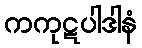
ကကုဋပါဒါနံ